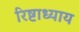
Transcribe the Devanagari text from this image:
रिष्टाध्याय